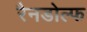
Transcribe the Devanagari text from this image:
रैनडोल्फ